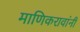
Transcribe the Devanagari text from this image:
माणिकरावांनी